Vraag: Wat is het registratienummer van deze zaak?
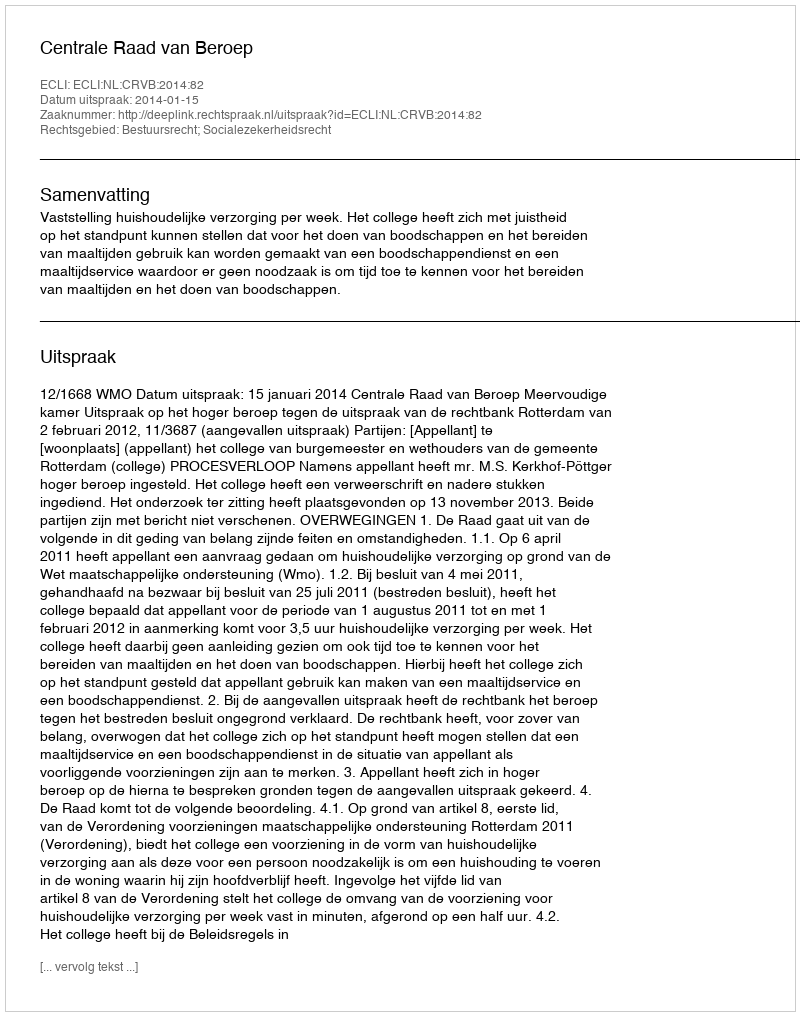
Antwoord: http://deeplink.rechtspraak.nl/uitspraak?id=ECLI:NL:CRVB:2014:82